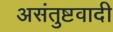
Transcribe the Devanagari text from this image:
असंतुष्टवादी